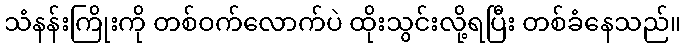
သံနန်းကြိုးကို တစ်ဝက်လောက်ပဲ ထိုးသွင်းလို့ရပြီး တစ်ခံနေသည်။